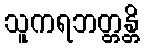
သူကရဘတ္တန္တိ